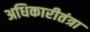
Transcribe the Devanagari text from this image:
अधिकारीतंत्रा